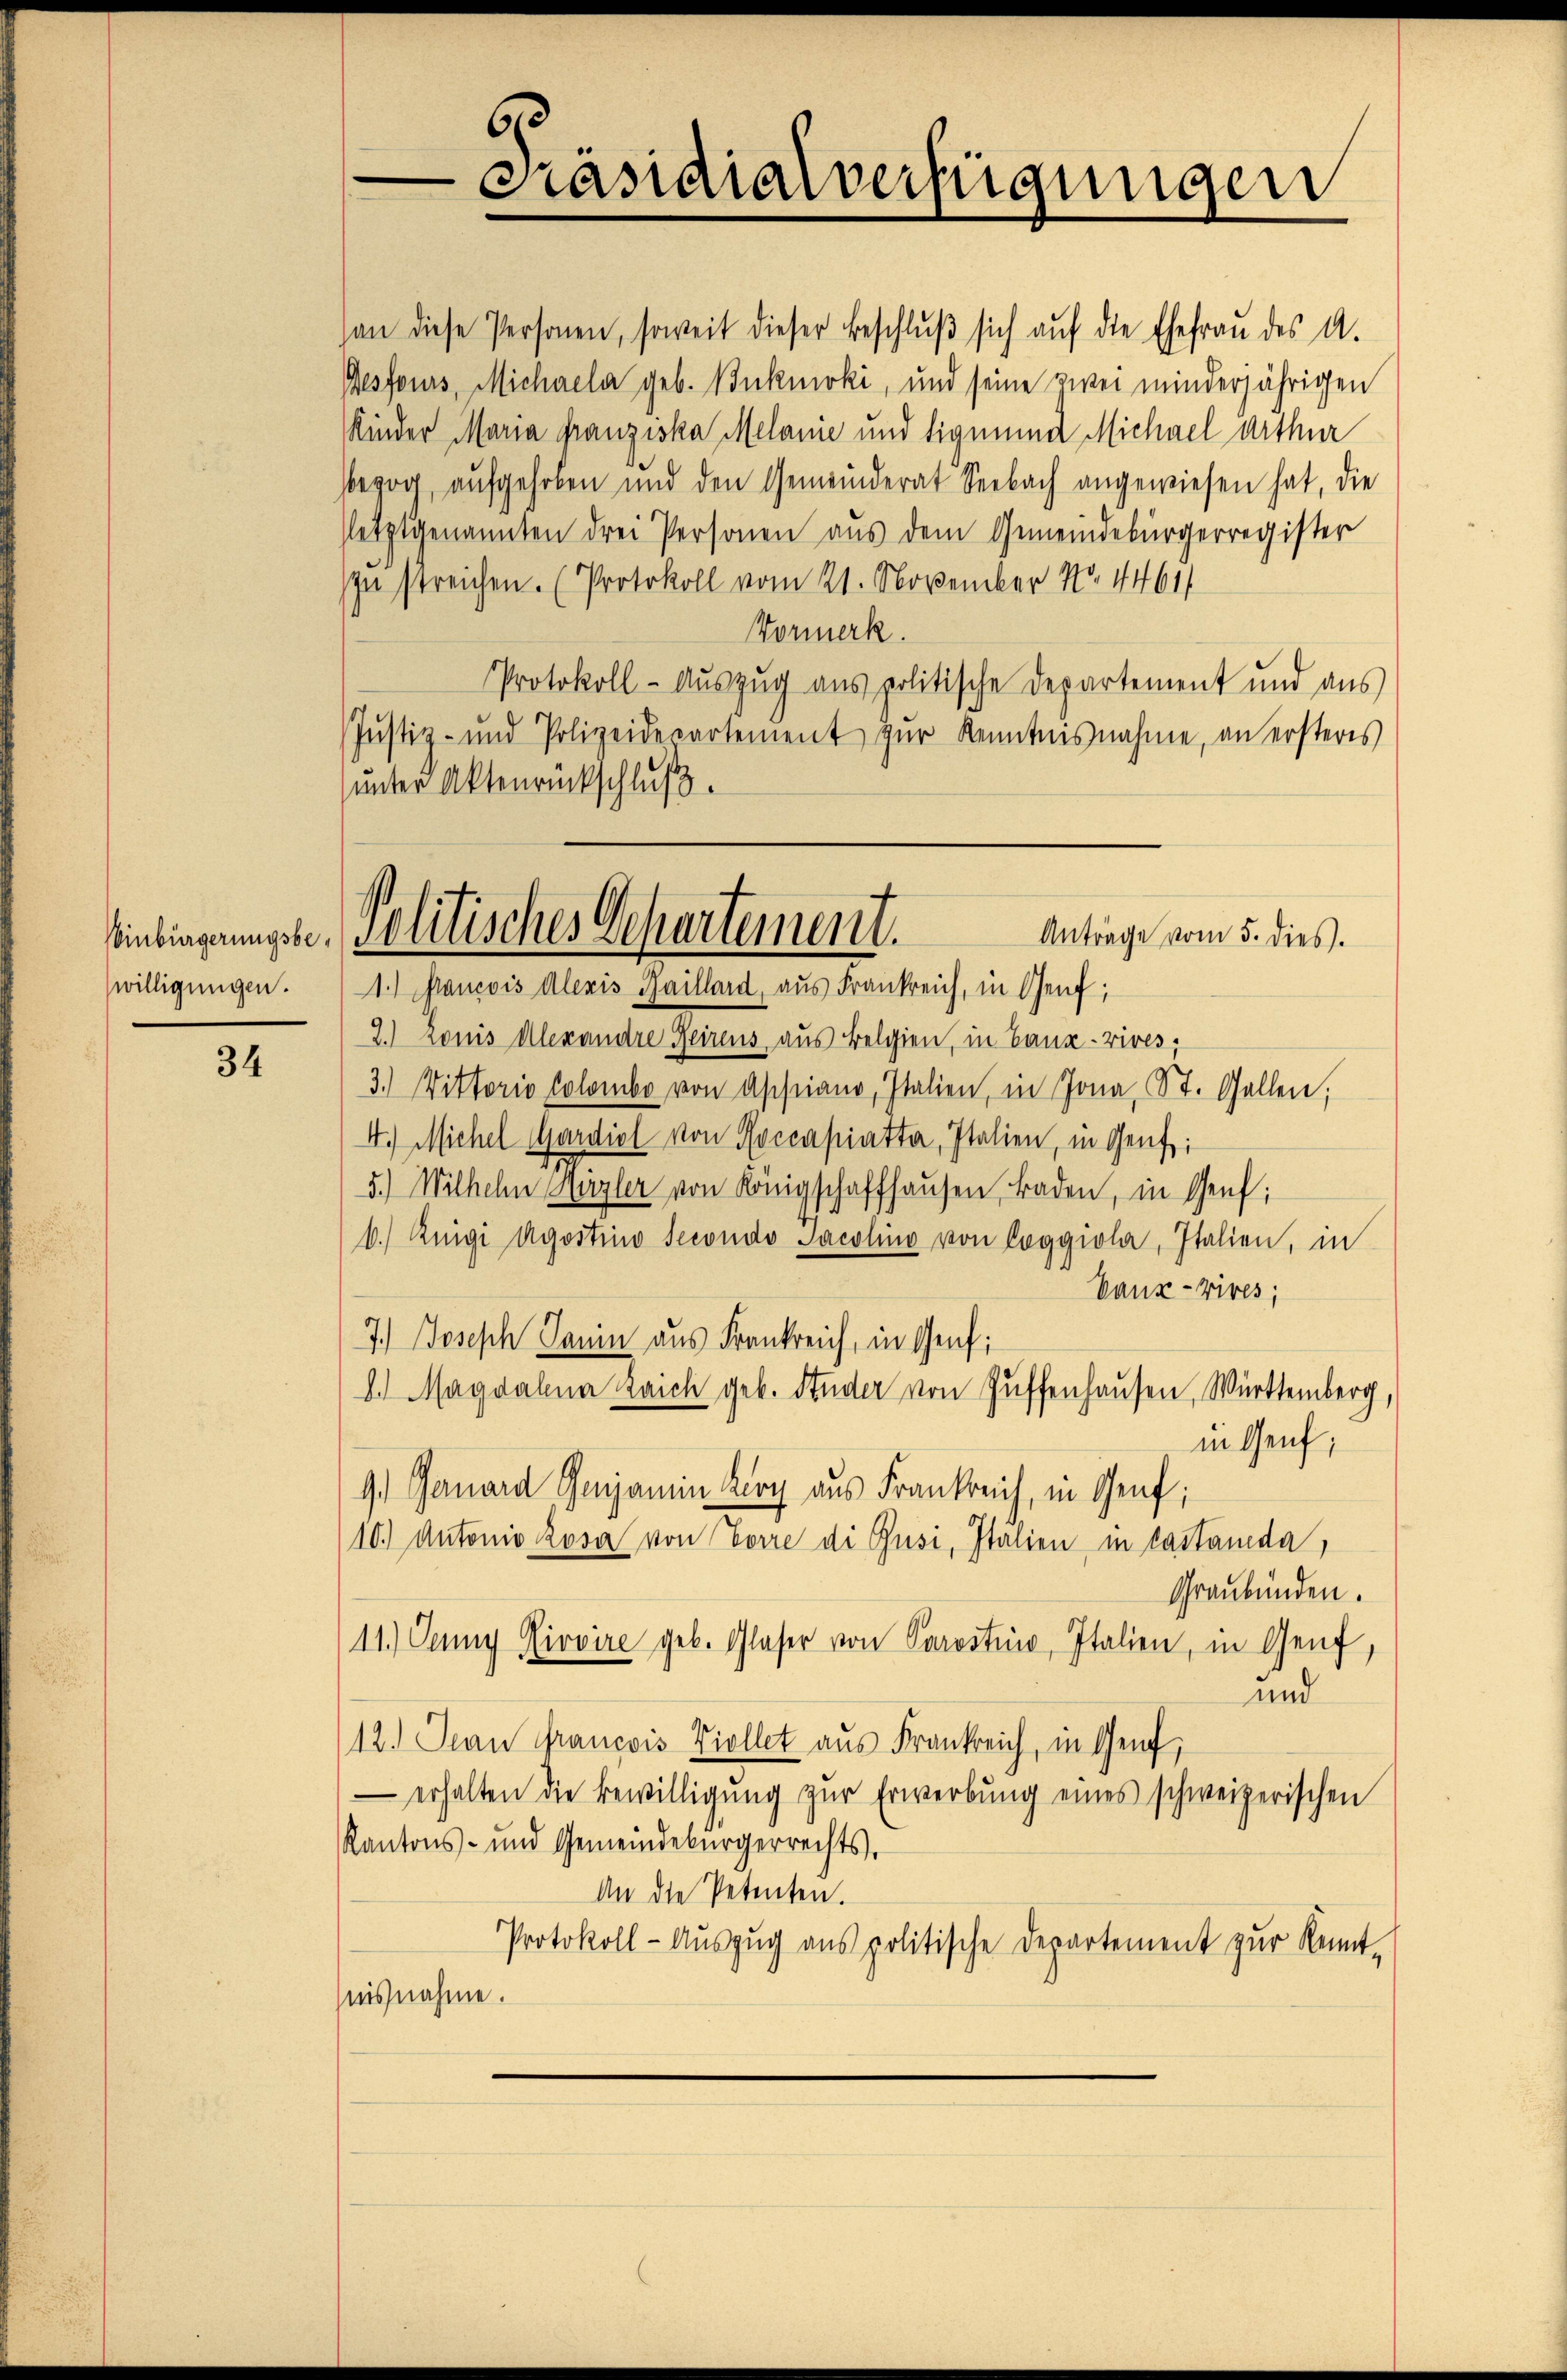
inbürgerungsbewilligungen.

34

C
Gasidialverfügungen

an diese Personen, soweit dieser Beschluß sich auf die Ehefrau des A.
Besfours, Michaela geb. Bukmoki, und seine zwei minderjährigen
Kinder Maria franziska Melanie und Sigmund Michael Arthur
bezog, aufgehoben und den Gemeinderat Seebach angewiesen hat, die
etzigenannten drei Personen aus dem Gemeindebürgerregister
zu streichen. (Protokoll vom 21. November No. 4461/
Vormerk.
Protokoll-Auszug aus politische Departement und aus
Justiz- und Polizeidepartement zŭr Kenntnisnahme, an ersteres
ŭnter Aktenrückschluß.

Solitisches Departement.
Anträge vom 5. dies.

1.) Francois Alexis Baillard, aus Frankreich, in Genf;
2.) konis Alexandre Reirens aus Belgien, in Bana-Vives,
3.) Wittorio Colombe von Assiano, Italien, in Jona, St. Gallen;
4.) Michel Mardiel von Roccapiatta, Italien, in Genf;
5.) Wilhehn Herzler von Königschaffhausen, Baden, in Genf;
6.) Zeige Agostino secondo Sacolino von leggiola, Italien, in
Vanz-Vires;
7.) Joseph Janin aus Frankreich, in Genf;
.) Magdalna Laich geb. Studer von Zuffenhausen, Württemberg,
in Genf,
9.) Genard Genjamin Kurz aus Frankreich, in Genf;
10.) Antonio Lova von Forre di Rusi, Italien in Castanda,
Graubünden.
11.) Jenny Kiovire geb. Glaser von Parostin, Italien, in Genf,
und
12.) Jean Francois Viollet aus Frankreich, in Genf,
erhalten die Bewilligŭng zŭr Erwerbŭng eines schweizerischen
Kantons- und Gemeindebürgerrechts.
An die Petenten.
Protokoll-Auszug aus politische Departement zur Kennt-
nisnahme.